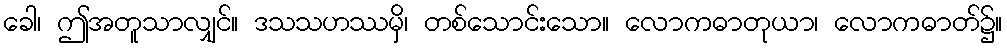
ခေါ၊ ဤအတူသာလျှင်။ ဒသသဟဿမှိ၊ တစ်သောင်းသော။ လောကဓာတုယာ၊ လောကဓာတ်၌။